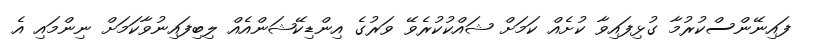
ފައިނޭންސްކުރުމާ ގުޅިފައިވާ ކުށެއް ކަމަށް ޝައްކުކުރެވޭ ވަރުގެ އިންޑިކޭޝަންއެއް ލިބިފައިނުވާކަމަށް ނިންމައި އެ